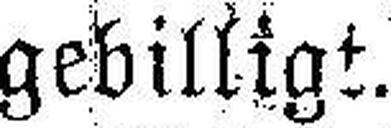
gebilligt.